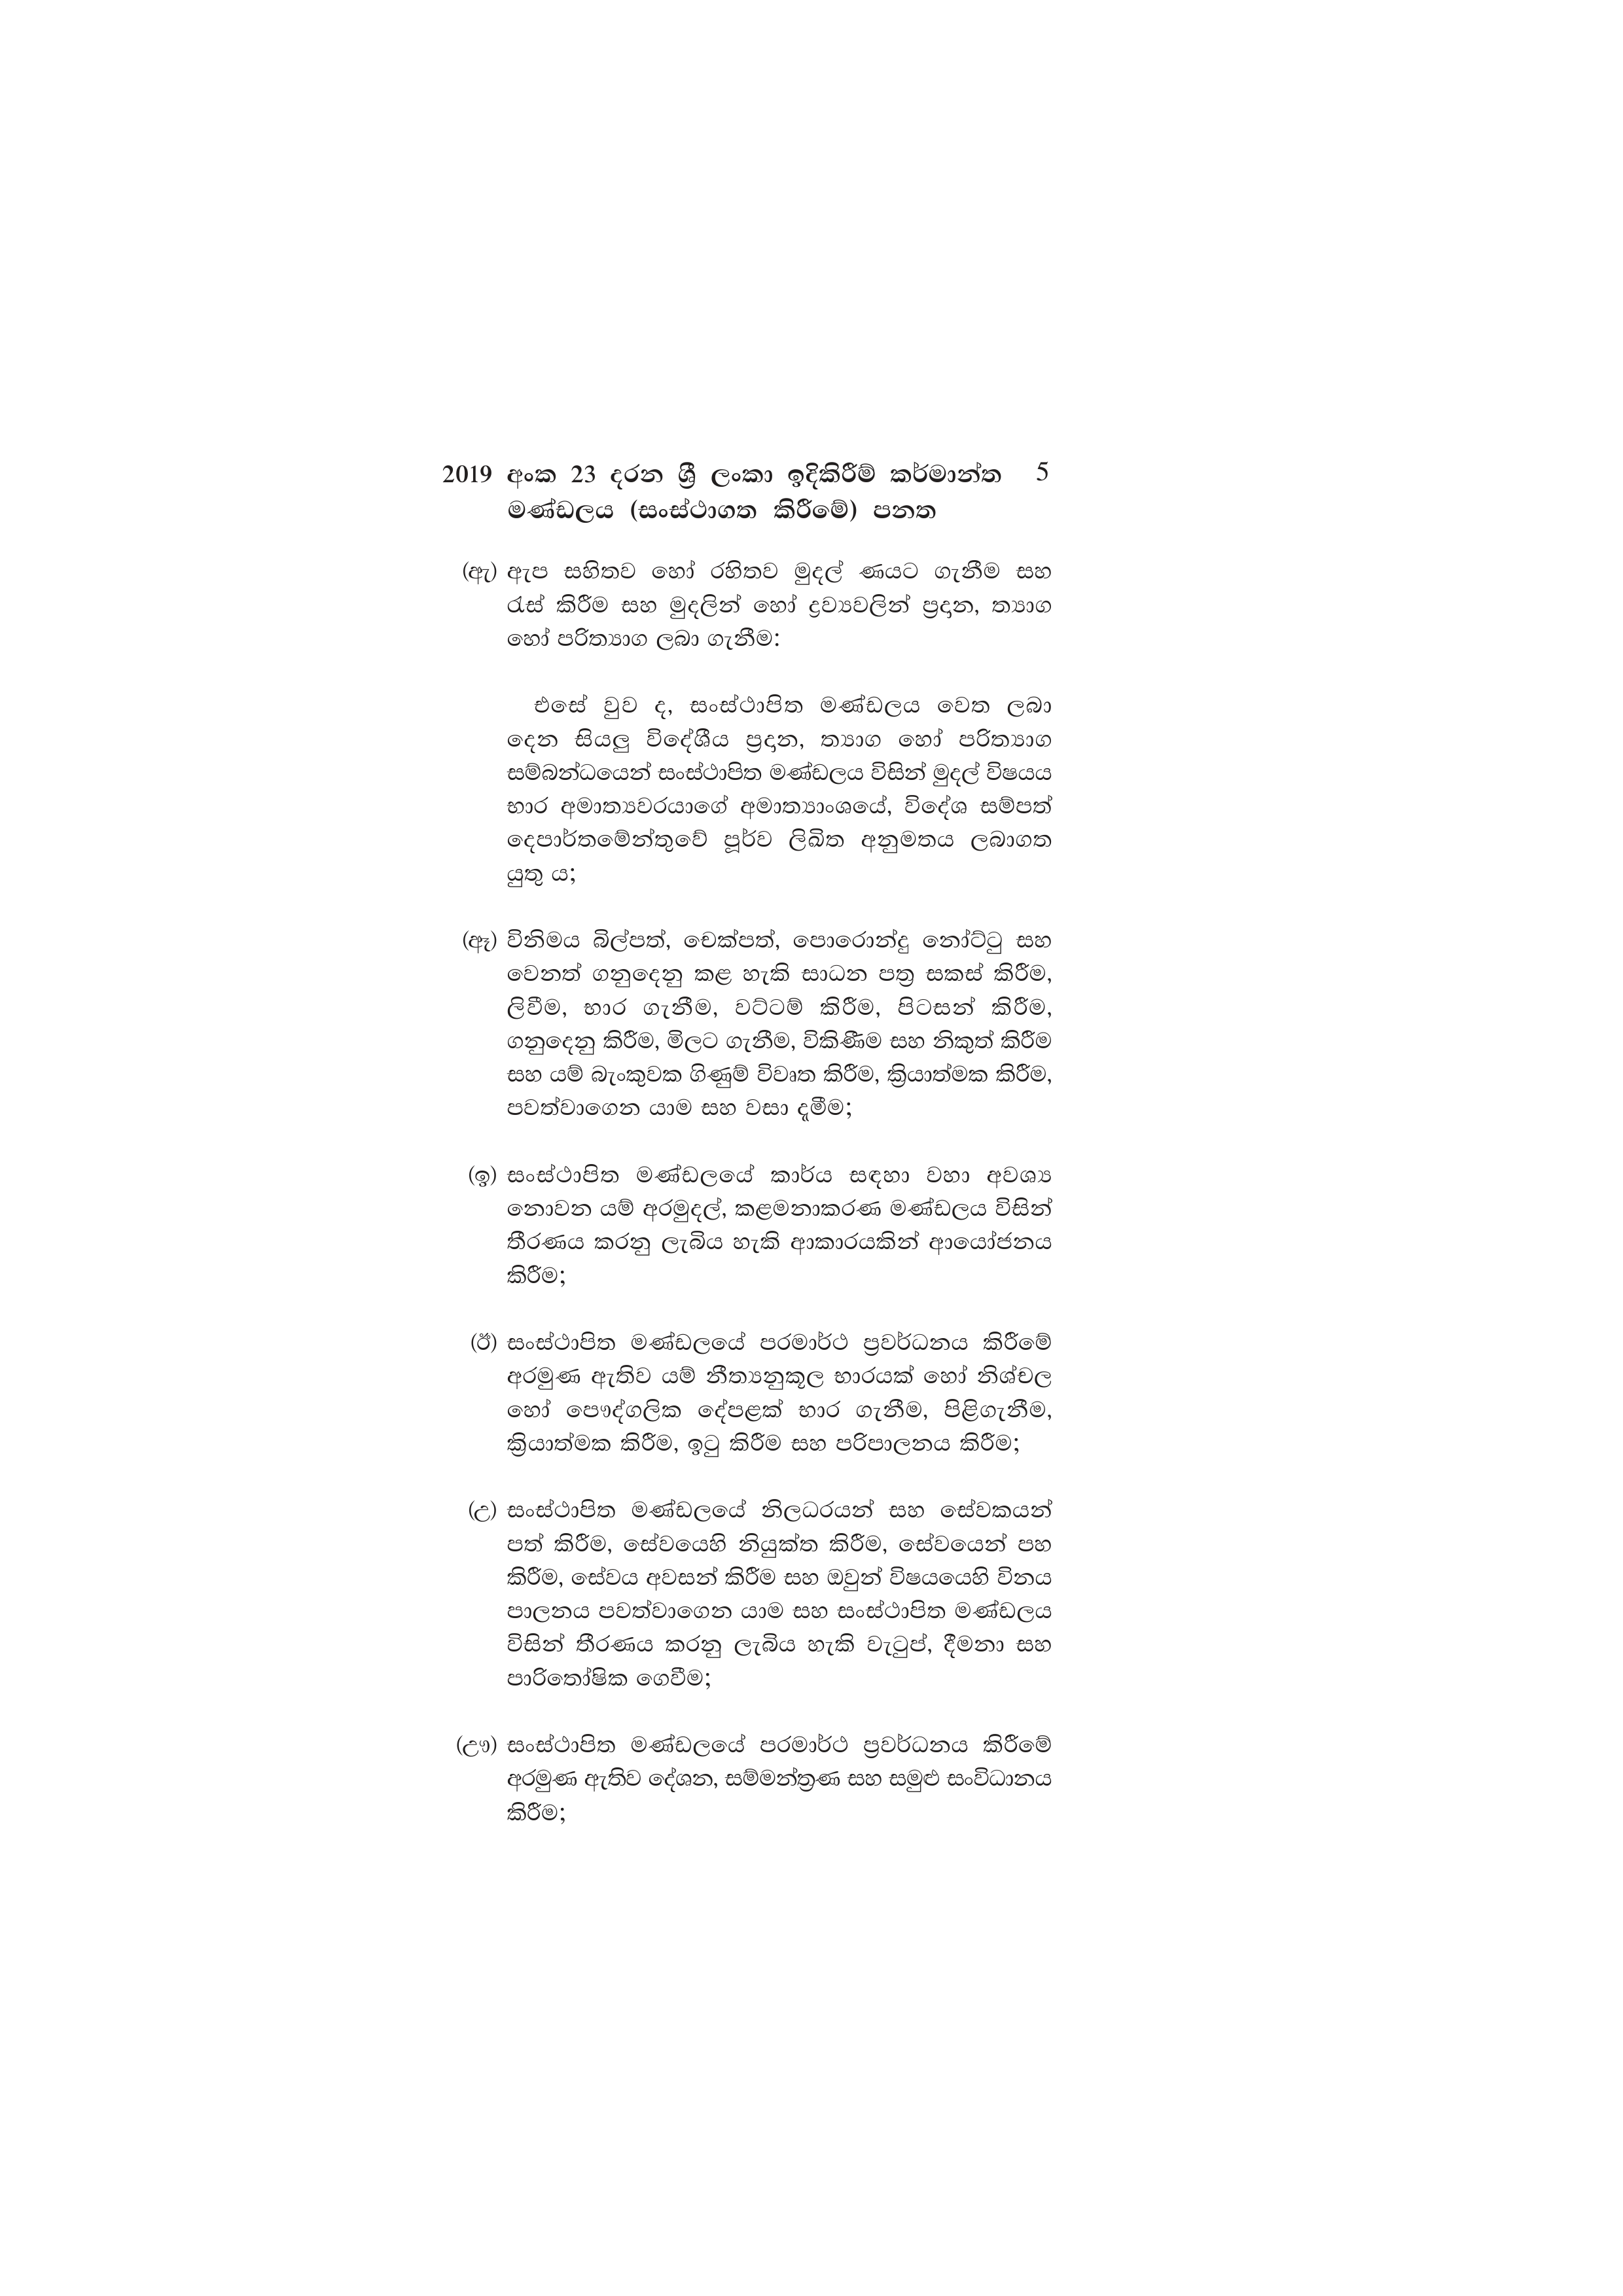
2019 අංක 23 දරන ශ්‍රී ලංකා ඉදිකිරීම් කර්මාන්ත 5
මණ්ඩලය (සංස්ථාගත කිරීමේ) පනත

(ඇ) ඇප සහිතව හෝ රහිතව මුදල් ණයට ගැනීම සහ
රැස් කිරීම සහ මුදලින් හෝ ද්‍රව්‍යවලින් ප්‍රදාන, ත්‍යාග
හෝ පරිත්‍යාග ලබා ගැනීම:

එසේ වුව ද, සංස්ථාපිත මණ්ඩලය වෙත ලබා
දෙන සියලු විදේශීය ප්‍රදාන, ත්‍යාග හෝ පරිත්‍යාග
සම්බන්ධයෙන් සංස්ථාපිත මණ්ඩලය විසින් මුදල් විෂයය
භාර අමාත්‍යවරයාගේ අමාත්‍යාංශයේ, විදේශ සම්පත්
දෙපාර්තමේන්තුවේ පූර්ව ලිඛිත අනුමතය ලබාගත
යුතු ය;

(ඈ) විනිමය බිල්පත්, චෙක්පත්, පොරොන්දු නෝට්ටු සහ
වෙනත් ගනුදෙනු කළ හැකි සාධන පත්‍ර සකස් කිරීම,
ලිවීම, භාර ගැනීම, වට්ටම් කිරීම, පිටසන් කිරීම,
ගනුදෙනු කිරීම, මිලට ගැනීම, විකිණීම සහ නිකුත් කිරීම
සහ යම් බැංකුවක ගිණුම් විවෘත කිරීම, ක්‍රියාත්මක කිරීම,
පවත්වාගෙන යාම සහ වසා දැමීම;

(ඉ) සංස්ථාපිත මණ්ඩලයේ කාර්ය සඳහා වහා අවශ්‍ය
නොවන යම් අරමුදල්, කළමනාකරණ මණ්ඩලය විසින්
තීරණය කරනු ලැබිය හැකි ආකාරයකින් ආයෝජනය
කිරීම;

(ඊ) සංස්ථාපිත මණ්ඩලයේ පරමාර්ථ ප්‍රවර්ධනය කිරීමේ
අරමුණ ඇතිව යම් නීත්‍යනුකූල භාරයක් හෝ නිශ්චල
හෝ පෞද්ගලික දේපළක් භාර ගැනීම, පිළිගැනීම,
ක්‍රියාත්මක කිරීම, ඉටු කිරීම සහ පරිපාලනය කිරීම;

(උ) සංස්ථාපිත මණ්ඩලයේ නිලධරයන් සහ සේවකයන්
පත් කිරීම, සේවයෙහි නියුක්ත කිරීම, සේවයෙන් පහ
කිරීම, සේවය අවසන් කිරීම සහ ඔවුන් විෂයයෙහි විනය
පාලනය පවත්වාගෙන යාම සහ සංස්ථාපිත මණ්ඩලය
විසින් තීරණය කරනු ලැබිය හැකි වැටුප්, දීමනා සහ
පාරිතෝෂික ගෙවීම;

(ඌ) සංස්ථාපිත මණ්ඩලයේ පරමාර්ථ ප්‍රවර්ධනය කිරීමේ
අරමුණ ඇතිව දේශන, සම්මන්ත්‍රණ සහ සමුළු සංවිධානය
කිරීම;